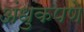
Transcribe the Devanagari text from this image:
अंधुकपणे